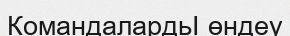
КомандалардьӀ өндеу